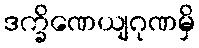
ဒက္ခိဏေယျဂုဏမှိ